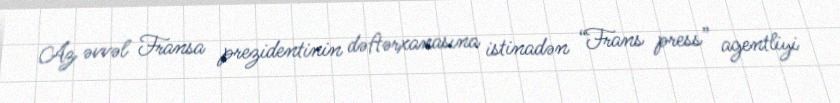
Az əvvəl Fransa prezidentinin dəftərxanasına istinadən “Frans press” agentliyi